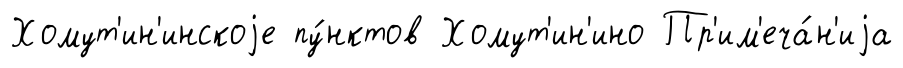
Хомут'ин'инскоjе пу́нктов Хомут'ин'ино Пр'им'еча́н'иjа